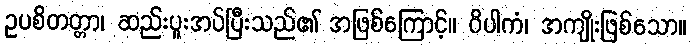
ဥပစိတတ္တာ၊ ဆည်းပူးအပ်ပြီးသည်၏ အဖြစ်ကြောင့်။ ဝိပါကံ၊ အကျိုးဖြစ်သော။